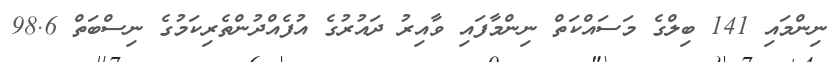
ނިންމައި 141 ބިލްގެ މަަސައްކަތް ނިންމާފައި ވާއިރު ދައުރުގެ އުފެއްދުންތެރިކަމުގެ ނިސްބަތް 98.6